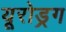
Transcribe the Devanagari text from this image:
यूरोड्रग